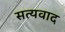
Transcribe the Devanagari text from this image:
सत्यवाद